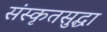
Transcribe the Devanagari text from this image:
संस्कृतसुद्धा